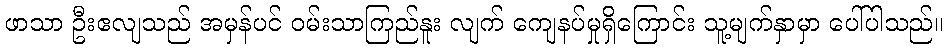
ဖာသာ ဦးဧလျသည် အမှန်ပင် ဝမ်းသာကြည်နူး လျက် ကျေနပ်မှုရှိကြောင်း သူ့မျက်နှာမှာ ပေါ်ပါသည်။